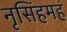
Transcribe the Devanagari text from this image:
नृसिंहमहं